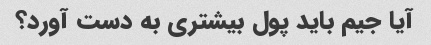
آیا جیم باید پول بیشتری به دست آورد؟